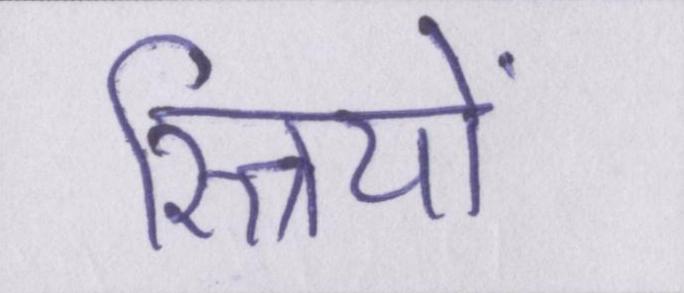
स्त्रियों